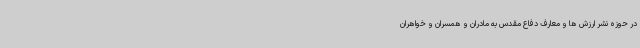
در حوزه نشر ارزش ها و معارف دفاع مقدس به مادران و همسران و خواهران